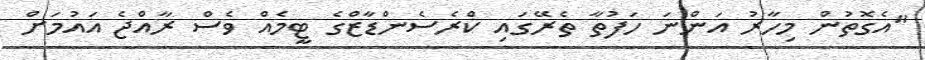
"އެގޮތުން މިހާރު އަންނަ ހަފުތާ ތެރޭގައި ކްރެސެންޑާޒްގެ ޓީމެއް ވެސް ރާއްޖެ އައުމަށް